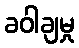
ခဝါချမှု